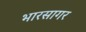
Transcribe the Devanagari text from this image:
भारसागर